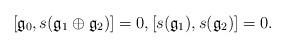
LaTeX: \begin{align*}[\mathfrak{g}_0,s(\mathfrak{g}_1\oplus \mathfrak{g}_2)]=0,[s(\mathfrak{g}_1),s(\mathfrak{g}_2)]=0.\end{align*}